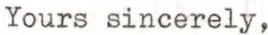
Yours sincerely,